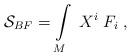
LaTeX: \begin{align*}\mathcal{S}_{BF}=\int\limits_{M}\;X^i\;F_i\;,\end{align*}